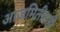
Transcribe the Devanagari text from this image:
आजमितीसही